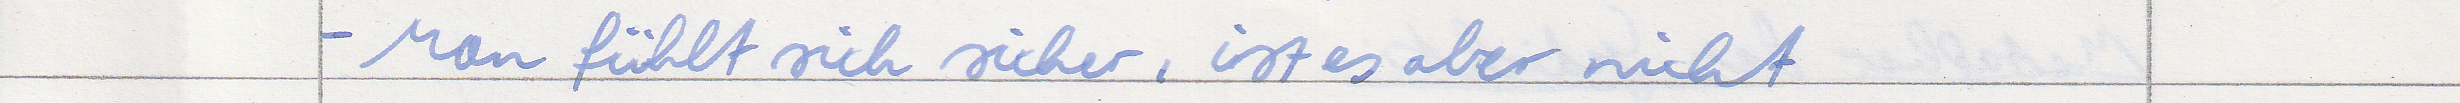
- Man fühlt sich sicher, ist es aber nicht